Code of medical and sanitary regulations for the guidance of medical officers serving in the Madras Presidency - Volume II
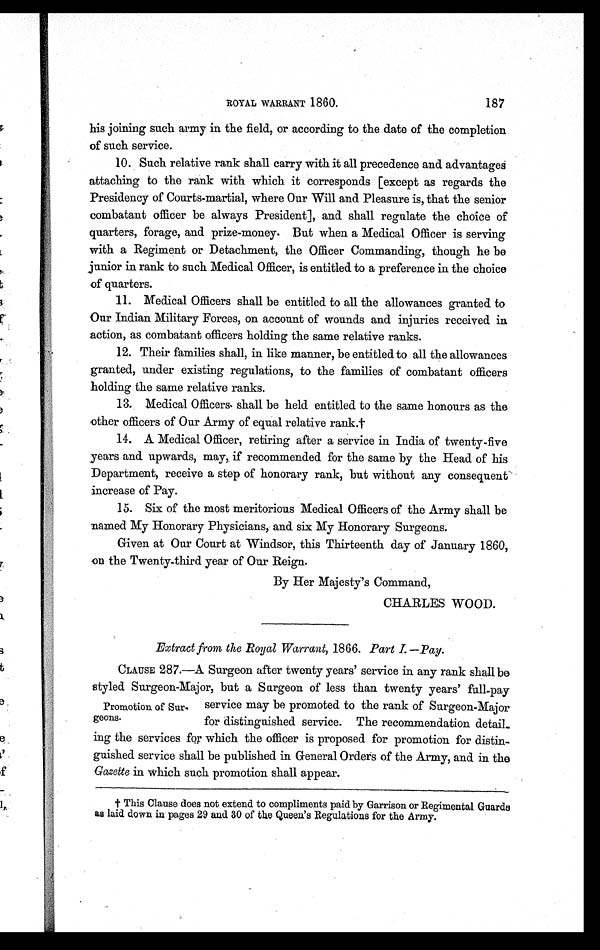
187
ROYAL WARRANT 1860.
his joining such army in the field, or according to the date of the completion
of such service.
10. Such relative rank shall carry with it all precedence and advantages
attaching to the rank with which it corresponds [except as regards the
Presidency of Courts-martial, where Our Will and Pleasure is, that the senior
combatant officer be always President], and shall regulate the choice of
quarters, forage, and prize-money. But when a Medical Officer is serving
with a Regiment or Detachment, the Officer Commanding, though he be
junior in rank to such Medical Officer, is entitled to a preference in the choice
of quarters.
11. Medical Officers shall be entitled to all the allowances granted to
Our Indian Military Forces, on account of wounds and injuries received in
action, as combatant officers holding the same relative ranks.
12. Their families shall, in like manner, be entitled to all the allowances
granted, under existing regulations, to the families of combatant officers
holding the same relative ranks.
13. Medical Officers. shall be held entitled to the same honours as the
other officers of Our Army of equal relative rank.†
14. A Medical Officer, retiring after a service in India of twenty-five
years and upwards, may, if recommended for the same by the Head of his
Department, receive a step of honorary rank, but without any consequent'
increase of Pay.
15. Six of the most meritorious Medical Officers of the Army shall be
named My Honorary Physicians, and six My Honorary Surgeons.
Given at Our Court at Windsor, this Thirteenth day of January 1860,
on the Twenty-third year of Our Reign.
By Her Majesty's Command,
CHARLES WOOD.
Extract from the Royal Warrant, 1866. Part I.—Pay.
CLAUSE. 287.—A Surgeon after twenty years' service in any rank shall be
styled Surgeon-Major, but a Surgeon of less than twenty years' full-pay
service may be promoted to the rank of Surgeon-Major
for distinguished service. The recommendation detail
-ing the services for which the officer is proposed for promotion for distin
- g u i s h e d s e r v i c e s h a l l b e p u b l i s h e d i n G e n e r a l O r d e r s o f t h e A r m y , a n d i n t h e
Gazette in which such promotion shall appear.
Promotion of Sur
-geons.
† This Clause does not extend to compliments paid by Garrison or Regimental Guards
as laid down in pages 29 and 30 of the Queen's Regulations for the Army.